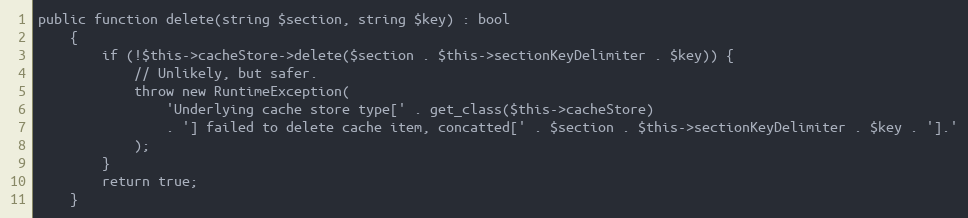
Language: PHP
public function delete(string $section, string $key) : bool
    {
        if (!$this->cacheStore->delete($section . $this->sectionKeyDelimiter . $key)) {
            // Unlikely, but safer.
            throw new RuntimeException(
                'Underlying cache store type[' . get_class($this->cacheStore)
                . '] failed to delete cache item, concatted[' . $section . $this->sectionKeyDelimiter . $key . '].'
            );
        }
        return true;
    }